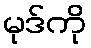
မုဒ်ကို